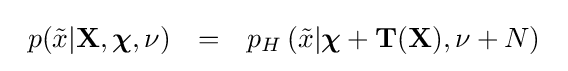
{\begin{array}{lcl}p({\tilde {x}}|\mathbf {X} ,{\boldsymbol {\chi }},\nu )&=&p_{H}\left({\tilde {x}}|{\boldsymbol {\chi }}+\mathbf {T} (\mathbf {X} ),\nu +N\right)\end{array}}